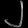
Digit: ၂